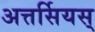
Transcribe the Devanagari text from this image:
अत्तर्सियस्